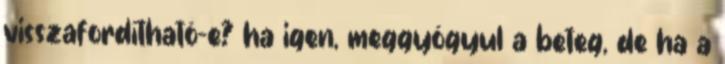
visszafordítható-e? ha igen, meggyógyul a beteg, de ha a